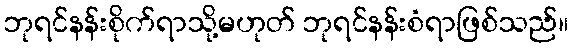
ဘုရင်နန်းစိုက်ရာသို့မဟုတ် ဘုရင်နန်းစံရာဖြစ်သည်။